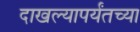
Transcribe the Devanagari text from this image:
दाखल्यापर्यंतच्या